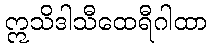
ဣသိဒါသီထေရီဂါထာ